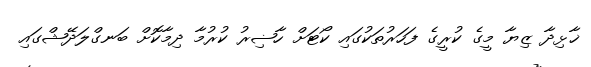
ޚާޅިދާ ޒިޔާ މީގެ ކުރީގެ ފަހަރުތަކުގައި ކޯޓަށް ހާޟިރު ކުރުމާ ދިމާކޮށް ބަނގްލަދޭޝްގައި